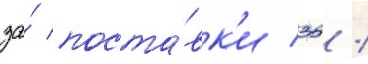
за́ поста́вк'и 35 /